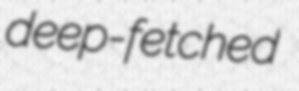
deep-fetched